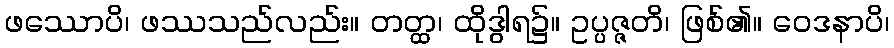
ဖဿောပိ၊ ဖဿသည်လည်း။ တတ္ထ၊ ထိုဒွါရ၌။ ဥပ္ပဇ္ဇတိ၊ ဖြစ်၏။ ဝေဒနာပိ၊